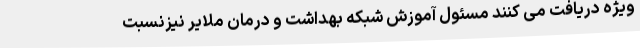
ویژه دریافت می کنند مسئول آموزش شبکه بهداشت و درمان ملایر نیزنسبت